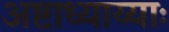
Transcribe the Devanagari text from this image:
अष्टाध्याय्याः